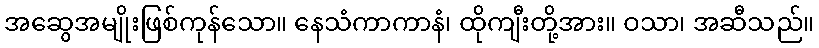
အဆွေအမျိုးဖြစ်ကုန်သော။ နေသံကာကာနံ၊ ထိုကျီးတို့အား။ ဝသာ၊ အဆီသည်။